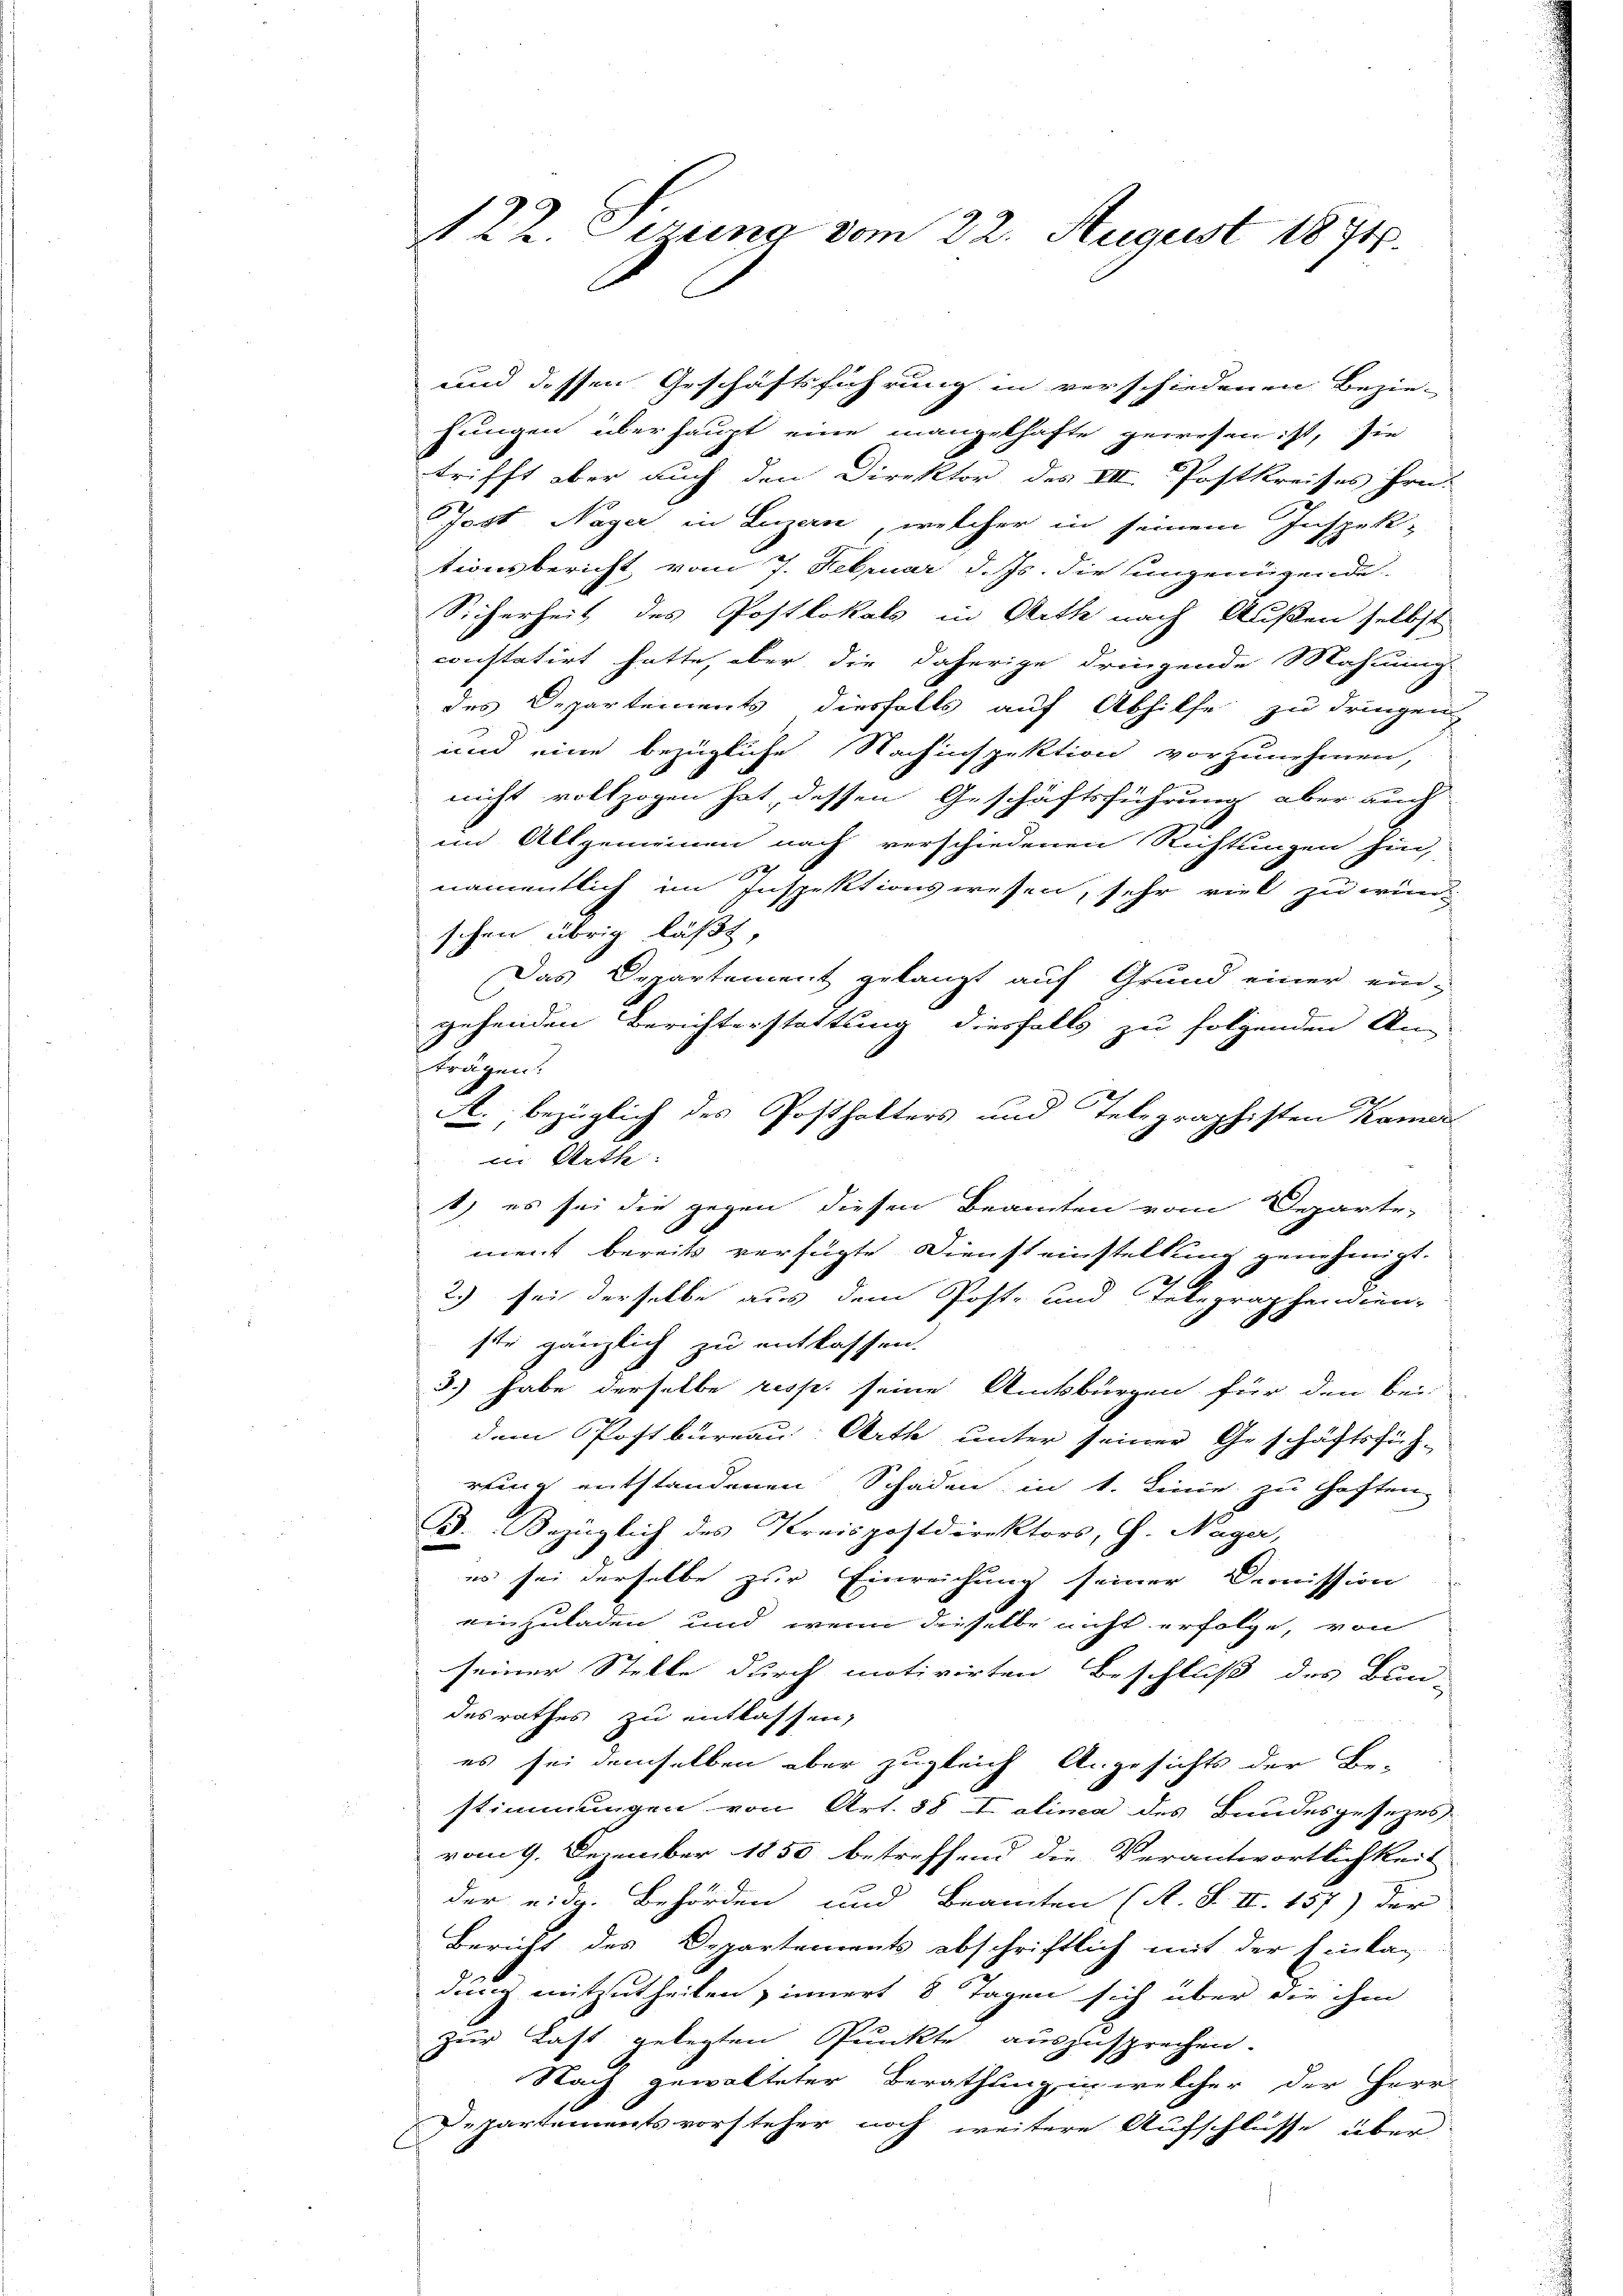
122. Dering vom 22. August 1874.

und dessen Geschäftsführung in verschiedenen Bezie-
hungen überhaupt eine mangelhafte gewesen ist, sie
trifft aber auch den Direktor des III. Postkreises Hrn.
Jost Nager in Luzern, welcher in seinem Inspek-
tionsbericht, vom 7. Februar d. Js. die ungenügende
Sicherheit des Postlokals in Arth nach Außen selbst
constatirt hatte, aber die daherige dringende Mahnung
des Departements diesfalls auf Abhilfe zu dringen,
und eine bezügliche Nachinspektion vorzunehmen,
nicht vollzogen hat, dessen Geschäftsführung aber auch
in Allgemeinen nach verschiedenen Richtungen hin,
19
namentlich im Inspektionswesen, sehr riet zu wünschen übrig läßt
Das Departement gelangt auf Grund einer eingehenden Berichterstattung diesfalls zu folgenden An-
trägen.
2
A. bezüglich des Posthalters und Telegraphisten kamen
1) es sei die gegen diesen Beamten vom Departe
ment bereits verfügte Diensteinstellung genehmigt.
2) sei derselbe aus dem Post- und Telegraphendien-
ste gänzlich zu entlassen.
3.) habe derselbe resp. seine Amtsbürgen für den bei
dem Postbureau Arth unter seiner Geschäftsführeinig entstandenen Schaden in 1. Linie zu haften
B. Bezüglich des Kreispostdirektors, G. Nager,
es sei derselbe zur Einreichung seiner Demission
einzuladen und wenn dieselbe nicht erfolge, von
seiner Stelle durch motivirten Beschluß des Bun-
desrathes zu entlassen,
es sei demselben aber zugleich Angesichts der Be-
stimmungen von Art. 58 Lalinea des Bundesgesetzes
vom 9. Dezember 1850 betreffend die Verantwortlichkeit
der eidg. Behörden und Beamten (A. S. II. 157) der
Bericht des Departements abschriftlich mit der Einkan-
dung mitzutheilen innert 8 Tagen sich über die ihm
zur Last gelegten Punkte auszusprechen.
Nach gewalteter Berathung in welcher der Herr-
Departementsvorsteher noch weitere Aufschlüsse über

in Rathe